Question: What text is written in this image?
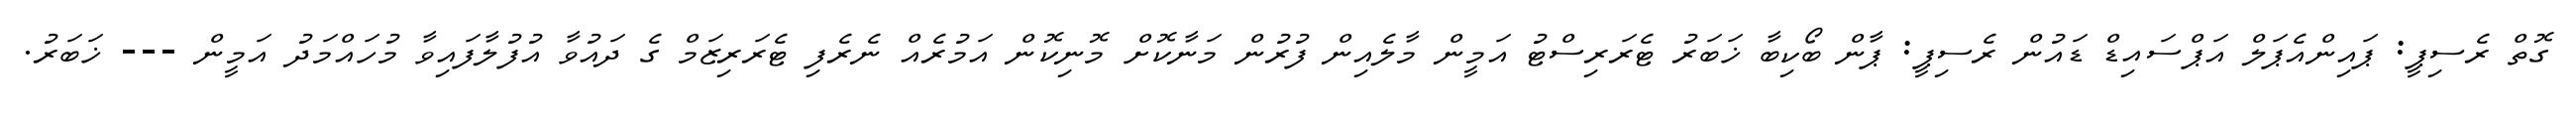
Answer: ގޮތް ރެސިޕީ: ޕައިންއެޕަލް އަޕްސައިޑް ޑައުން ރެސިޕީ: ޕާން ބޯކިބާ ޚަބަރު ޓެރަރިސްޓު އަމީން މާލެއިން ފުރުން މަނާކޮށް މޮނިކޮން އަމުރެއް ނެރެފި ޓެރަރިޒަމް ގެ ދައުވާ އުފުލާފައިވާ މުހައްމަދު އަމީން --- ޚަބަރު.